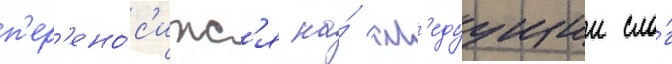
п'ер'ено́с'итс'я на́ сл'едуущии сло́г